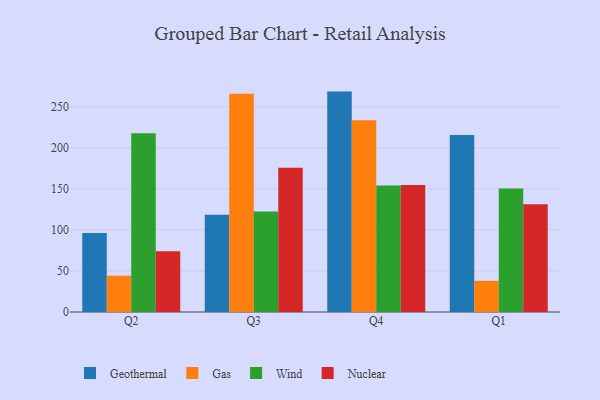
{"axis": {"x": "Quarter", "y": "Backlog"}, "legend": ["Gas", "Geothermal", "Nuclear", "Wind"], "data": [{"x": "Q2", "y": 96.1, "type": "Geothermal"}, {"x": "Q2", "y": 44.1, "type": "Gas"}, {"x": "Q2", "y": 217.7, "type": "Wind"}, {"x": "Q2", "y": 74.1, "type": "Nuclear"}, {"x": "Q3", "y": 118.4, "type": "Geothermal"}, {"x": "Q3", "y": 265.9, "type": "Gas"}, {"x": "Q3", "y": 122.3, "type": "Wind"}, {"x": "Q3", "y": 175.7, "type": "Nuclear"}, {"x": "Q4", "y": 268.4, "type": "Geothermal"}, {"x": "Q4", "y": 233.5, "type": "Gas"}, {"x": "Q4", "y": 154.0, "type": "Wind"}, {"x": "Q4", "y": 154.8, "type": "Nuclear"}, {"x": "Q1", "y": 215.5, "type": "Geothermal"}, {"x": "Q1", "y": 38.0, "type": "Gas"}, {"x": "Q1", "y": 150.5, "type": "Wind"}, {"x": "Q1", "y": 131.2, "type": "Nuclear"}]}